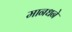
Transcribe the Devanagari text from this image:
मानधने